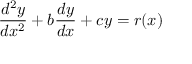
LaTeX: { \frac { d ^ { 2 } y } { d x ^ { 2 } } } + b { \frac { d y } { d x } } + c y = r ( x ) \,